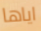
اياها